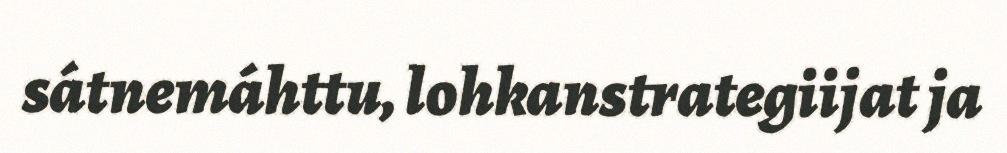
sátnemáhttu, lohkanstrategiijat ja